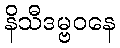
နိသီဒမ္ဗဝနေ